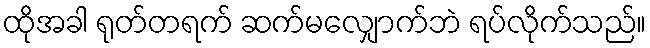
ထိုအခါ ရုတ်တရက် ဆက်မလျှောက်ဘဲ ရပ်လိုက်သည်။